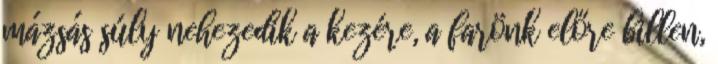
mázsás súly nehezedik a kezére, a farönk előre billen,